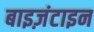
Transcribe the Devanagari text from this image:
बाइज़ंटाइन